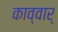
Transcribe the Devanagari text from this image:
काव्वार्